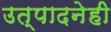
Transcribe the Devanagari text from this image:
उत्पादनेही